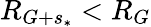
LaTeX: R_{G+s_{*}}<R_{G}